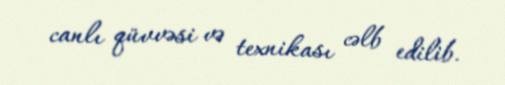
canlı qüvvəsi və texnikası cəlb edilib.